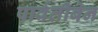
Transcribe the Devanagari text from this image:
पार्वतीबेन